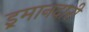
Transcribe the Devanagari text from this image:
इ्रमानदारी